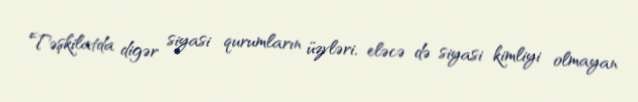
Təşkilatda digər siyasi qurumların üzvləri, eləcə də siyasi kimliyi olmayan